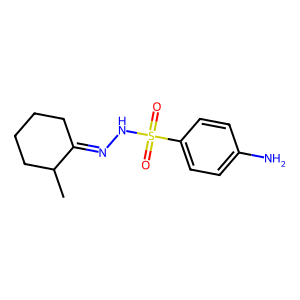
SMILES: CC1CCCCC1=NNS(=O)(=O)c1ccc(N)cc1
Inhibits HIV replication: No